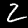
Label: 2